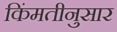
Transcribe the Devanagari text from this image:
किंमतीनुसार